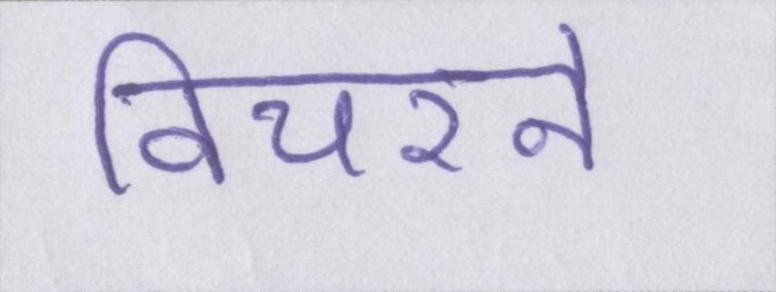
विचरने